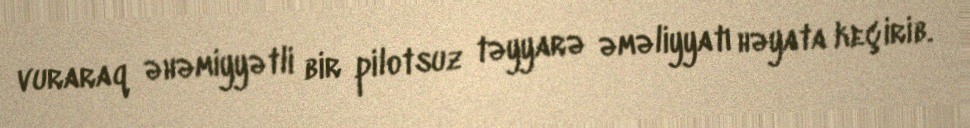
vuraraq əhəmiyyətli bir pilotsuz təyyarə əməliyyatı həyata keçirib.